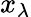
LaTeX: x_{\lambda}